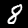
Digit: 8